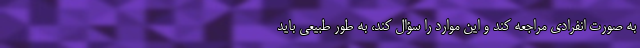
به صورت انفرادی مراجعه کند و این موارد را سؤال کند، به طور طبیعی باید